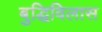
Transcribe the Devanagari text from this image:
बुद्धिविलास